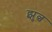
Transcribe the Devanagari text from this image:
झुल्च